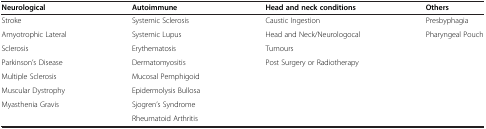
| Neurological | Autoimmune | Head and neck conditions | Others |
 | --- | --- | --- | --- |
 | Stroke | Systemic Sclerosis | Caustic Ingestion | Presbyphagia |
 | Amyotrophic Lateral | Systemic Lupus | Head and Neck/Neurologocal | Pharyngeal Pouch |
 | Sclerosis | Erythematosis | Tumours |  |
 | Parkinson’s Disease | Dermatomyositis | Post Surgery or Radiotherapy |  |
 | Multiple Sclerosis | Mucosal Pemphigoid |  |  |
 | Muscular Dystrophy | Epidermolysis Bullosa |  |  |
 | Myasthenia Gravis | Sjogren’s Syndrome |  |  |
 |  | Rheumatoid Arthritis |  |  |